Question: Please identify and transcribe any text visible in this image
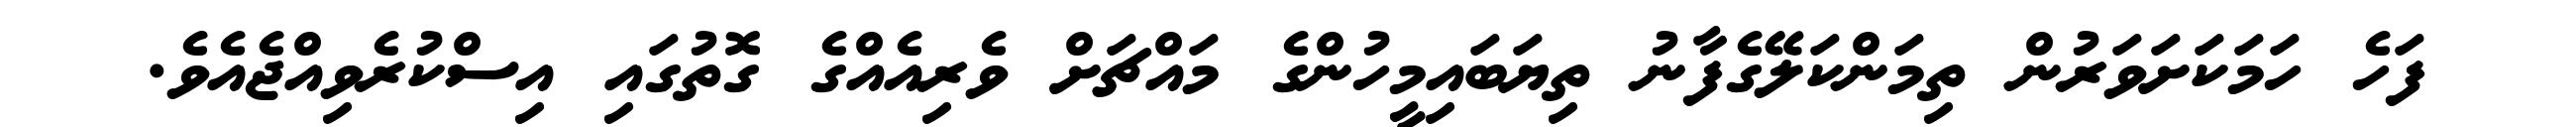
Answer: ފަހެ ހަމަކަށަވަރުން ތިމަންކަލޭގެފާނު ތިޔަބައިމީހުންގެ މައްޗަށް ވެރިއެއްގެ ގޮތުގައި އިސްކުރެވިއްޖެއެވެ.